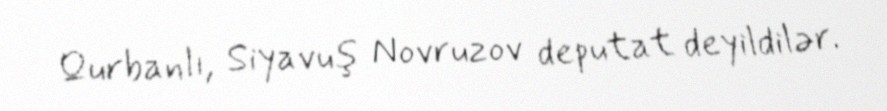
Qurbanlı, Siyavuş Novruzov deputat deyildilər.